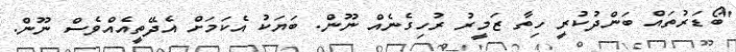
"ބޯޑަރުތައް ބަންދުކުރީ ހިތާ ޒަމީރު ރުހިގެނެއް ނޫން. ބަޔަކު އެކަމަށް އެދޭތީއެއްވެސް ނޫން.